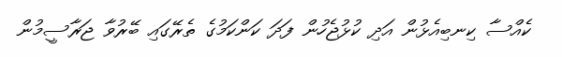
ކެއްސާ ކިނބިއެޅުން އަދި ކުޅުޖެހުން ފަދަ ކަންކަމުގެ ތެރޭގައި ބޭރުވާ ޖަރާސީމުން